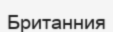
Британния